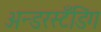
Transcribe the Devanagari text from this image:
अन्डरस्टँडिंग